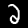
Label: 2